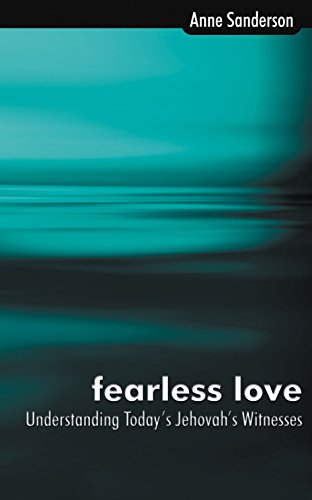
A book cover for Fearless Love: Understanding Today's Jehovah's Witnesses; Sanderson Anne; Christian Books & Bibles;